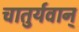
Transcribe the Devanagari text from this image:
चातुर्यवान्